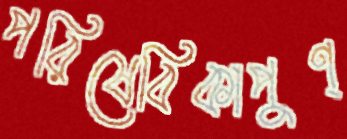
পরিষেবিকাপুণ্